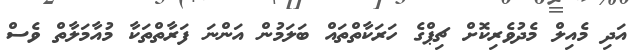
އަދި މެއިލް މެދުވެރިކޮށް ޗިޕްގެ ހަރަކާތްތައް ބަލަމުން އަންނަ ފަރާތްތަކާ މުއާމަލާތް ވެސް